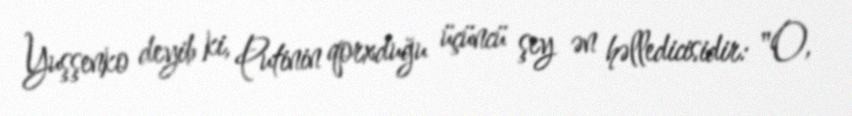
Yuşşenko deyib ki, Putinin qorxduğu üçüncü şey ən həlledicisidir: "O,